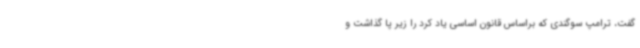
گفت، ترامپ سوگندی که براساس قانون اساسی یاد کرد را زیر پا گذاشت و